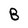
Character: B